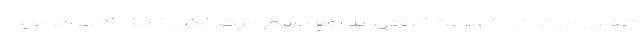
تنفس می‌تواند با سرعت گرفتن، به رفع مسمومیت الکلی کمک کند، اما این